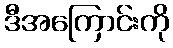
ဒီအကြောင်းကို